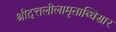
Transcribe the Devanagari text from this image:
श्रीदत्तलीलामृताब्धिसार